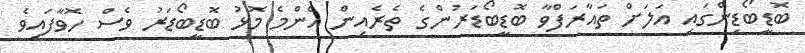
ބޮޑީބޯޑިންގައި އަލަށް ތައާރަފްވާ ބޮޑީބޯޑަރުންގެ ތެރެއިން އެންމެ މޮޅު ބޮޑީބޯޑަރު ވެސް ހޮވާފައިވެ